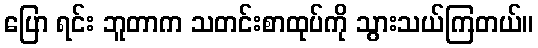
ပြော ရင်း ဘူတာက သတင်းစာထုပ်ကို သွားသယ်ကြတယ်။